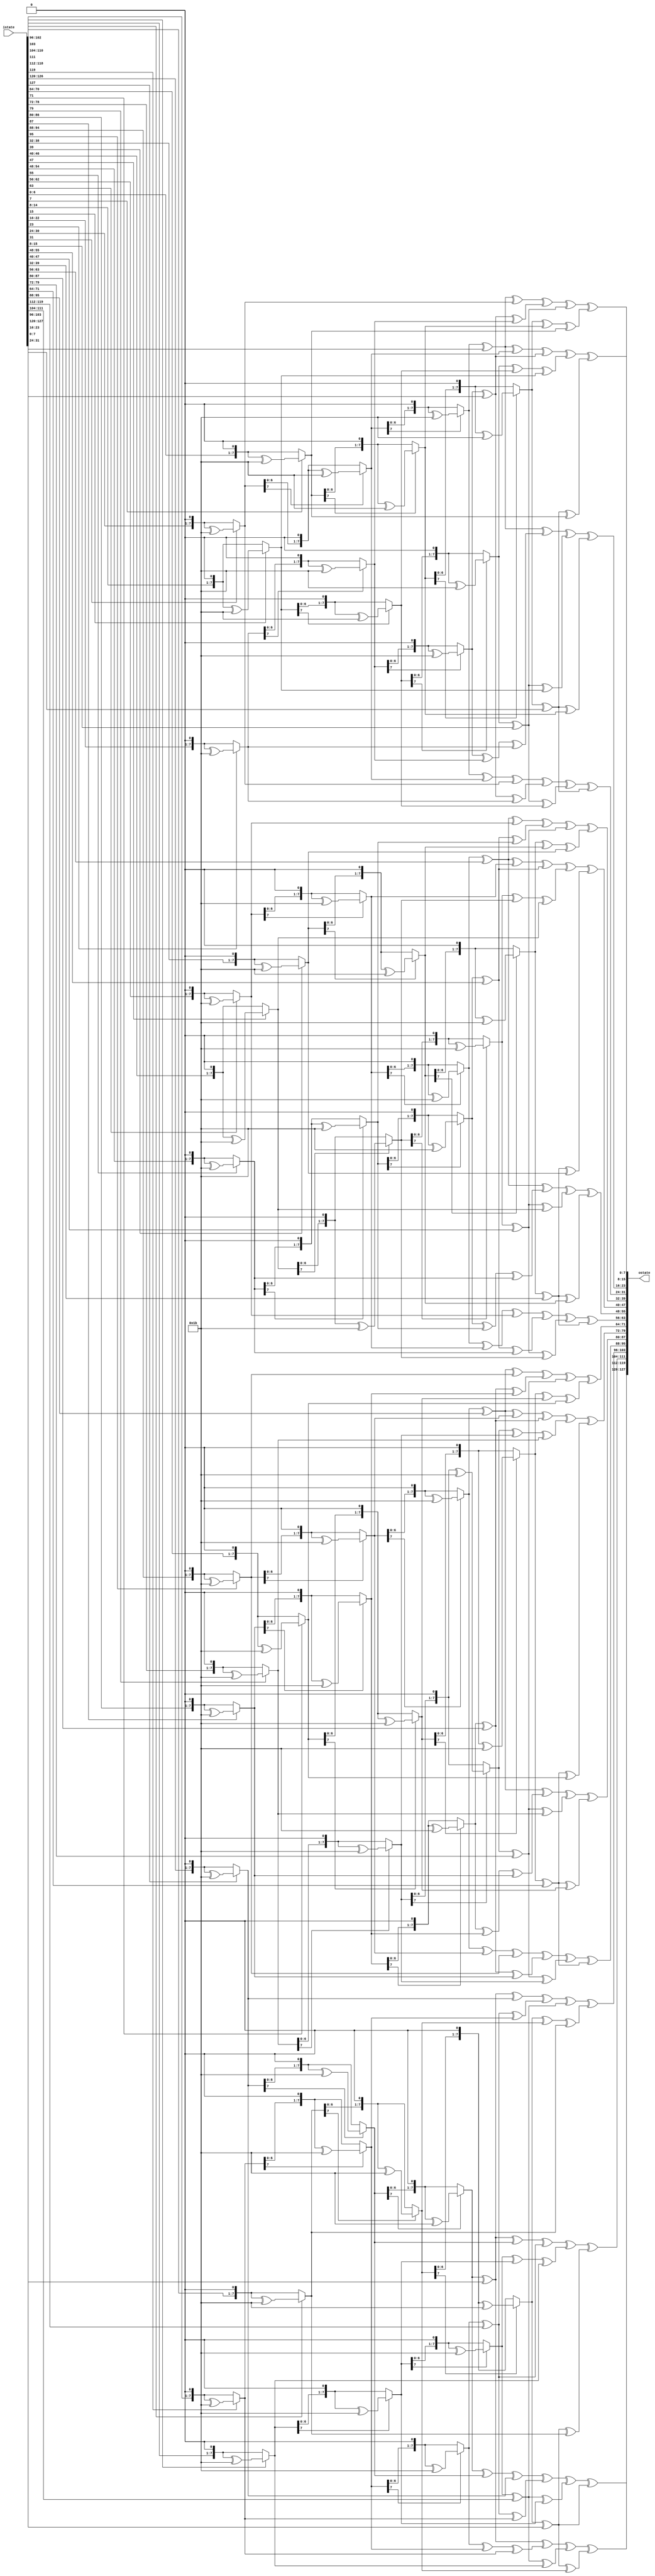
module InvMixColumns (
    input [127:0] istate,
    output [127:0] ostate
);

/*
    0e 0b 0d 09
    09 0e 0b 0d
    0d 09 0e 0b
    0b 0d 09 0e 
*/

// b d e

function [7:0] mult2
    (input [7:0] x);
    begin
        if(x[7]==1'b0) mult2 = x<<1;
        else mult2 = (x<<1) ^ 8'h1b;
    end
endfunction

function [7:0] mult9 // 9
    (input [7:0] x);
    begin
        mult9 = mult2(mult2(mult2(x))) ^ x;
    end
endfunction

function [7:0] mult11// b
    (input [7:0] x);
    begin
        mult11 = mult9(x) ^ mult2(x);
    end
endfunction

function [7:0] mult13 // d
    (input [7:0] x);
    begin
        mult13 = mult9(x) ^ mult2(mult2(x));
    end
endfunction

function [7:0] mult14 // e
    (input [7:0] x);
    begin
        mult14 = mult2(mult2(mult2(x))) ^ mult2(mult2(x)) ^ mult2(x);
    end
endfunction


genvar i;
generate
    for(i=0; i<4; i=i+1) begin: mixColumns
        assign ostate[(i*32 + 24)+:8]= mult14(istate[(i*32 + 24)+:8]) ^ mult11(istate[(i*32 + 16)+:8]) ^ mult13(istate[(i*32 + 8)+:8]) ^ mult9(istate[i*32+:8]);
        assign ostate[(i*32 + 16)+:8]= mult9(istate[(i*32 + 24)+:8]) ^ mult14(istate[(i*32 + 16)+:8]) ^ mult11(istate[(i*32 + 8)+:8]) ^ mult13(istate[i*32+:8]);
        assign ostate[(i*32 + 8)+:8]= mult13(istate[(i*32 + 24)+:8]) ^ mult9(istate[(i*32 + 16)+:8]) ^ mult14(istate[(i*32 + 8)+:8]) ^ mult11(istate[i*32+:8]);
        assign ostate[i*32+:8]= mult11(istate[(i*32 + 24)+:8]) ^ mult13(istate[(i*32 + 16)+:8]) ^ mult9(istate[(i*32 + 8)+:8]) ^ mult14(istate[i*32+:8]);
    end
endgenerate

endmodule